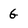
Character: 6